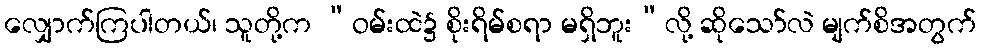
လျှောက်ကြပါတယ်၊ သူတို့က “ဝမ်းထဲ၌ စိုးရိမ်စရာ မရှိဘူး”လို့ ဆိုသော်လဲ မျက်စိအတွက်